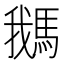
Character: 𩣣